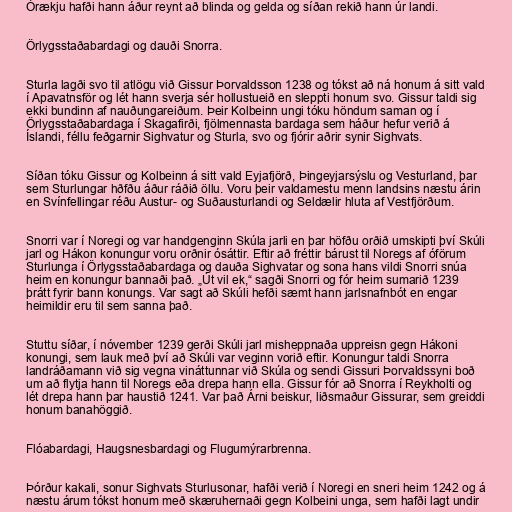
Órækju hafði hann áður reynt að blinda og gelda og síðan rekið hann úr landi.

Örlygsstaðabardagi og dauði Snorra.

Sturla lagði svo til atlögu við Gissur Þorvaldsson 1238 og tókst að ná honum á sitt vald
í Apavatnsför og lét hann sverja sér hollustueið en sleppti honum svo. Gissur taldi sig
ekki bundinn af nauðungareiðum. Þeir Kolbeinn ungi tóku höndum saman og í
Örlygsstaðabardaga í Skagafirði, fjölmennasta bardaga sem háður hefur verið á
Íslandi, féllu feðgarnir Sighvatur og Sturla, svo og fjórir aðrir synir Sighvats.

Síðan tóku Gissur og Kolbeinn á sitt vald Eyjafjörð, Þingeyjarsýslu og Vesturland, þar
sem Sturlungar hðfðu áður ráðið öllu. Voru þeir valdamestu menn landsins næstu árin
en Svínfellingar réðu Austur- og Suðausturlandi og Seldælir hluta af Vestfjörðum.

Snorri var í Noregi og var handgenginn Skúla jarli en þar höfðu orðið umskipti því Skúli
jarl og Hákon konungur voru orðnir ósáttir. Eftir að fréttir bárust til Noregs af óförum
Sturlunga í Örlygsstaðabardaga og dauða Sighvatar og sona hans vildi Snorri snúa
heim en konungur bannaði það. „Út vil ek,“ sagði Snorri og fór heim sumarið 1239
þrátt fyrir bann konungs. Var sagt að Skúli hefði sæmt hann jarlsnafnbót en engar
heimildir eru til sem sanna það.

Stuttu síðar, í nóvember 1239 gerði Skúli jarl misheppnaða uppreisn gegn Hákoni
konungi, sem lauk með því að Skúli var veginn vorið eftir. Konungur taldi Snorra
landráðamann við sig vegna vináttunnar við Skúla og sendi Gissuri Þorvaldssyni boð
um að flytja hann til Noregs eða drepa hann ella. Gissur fór að Snorra í Reykholti og
lét drepa hann þar haustið 1241. Var það Árni beiskur, liðsmaður Gissurar, sem greiddi
honum banahöggið.

Flóabardagi, Haugsnesbardagi og Flugumýrarbrenna.

Þórður kakali, sonur Sighvats Sturlusonar, hafði verið í Noregi en sneri heim 1242 og á
næstu árum tókst honum með skæruhernaði gegn Kolbeini unga, sem hafði lagt undir